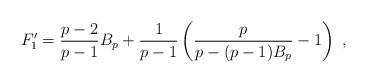
LaTeX: \begin{align*}F_1' = \frac{p-2}{p-1}B_p + \frac1{p-1} \left(\frac{p}{p-(p-1)B_p}-1\right)\ ,\end{align*}